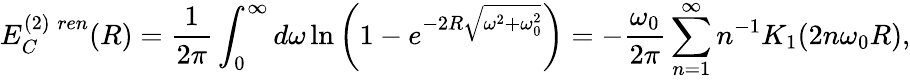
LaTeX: E_{C}^{(2)\; ren}(R)=\frac{1}{2\pi}\int_{0}^{\infty}d\omega\ln\left(1-e^{-2R\sqrt{\omega^{2}+\omega_{0}^{2}}}\right)=-\frac{\omega_{0}}{2\pi}\sum_{n=1}^{\infty}n^{-1}K_{1}(2n\omega_{0}R),